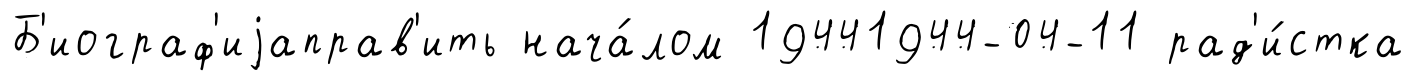
Б'иограф'иjаправ'ить нача́лом 19441944-04-11 рад'и́стка